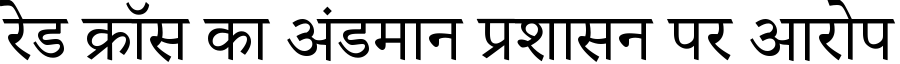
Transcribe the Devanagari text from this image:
रेड क्रॉस का अंडमान प्रशासन पर आरोप